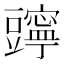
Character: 𧰗